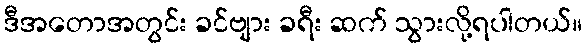
ဒီအတောအတွင်း ခင်ဗျား ခရီး ဆက် သွားလို့ရပါတယ်။